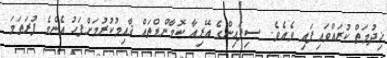
ޚިދުމަތް ކުރައްވައިފައި ވެއެވެ.  ސިފައިންގެ އޭރިއާ ކޮމާންޑްތައް ޤާއިމުކުރުމަށްފަހު އެންމެ ފުރަތަމަ